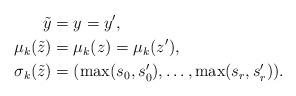
LaTeX: \begin{align*} \tilde{y} &= y = y',\\ \mu_k(\tilde{z})&=\mu_k(z)=\mu_k(z'),\\ \sigma_k(\tilde{z}) &= (\max(s_0,s'_0),\dots,\max(s_r,s'_r)). \end{align*}